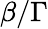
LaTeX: \beta/\Gamma